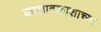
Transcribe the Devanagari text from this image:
कालावकाशाच्या